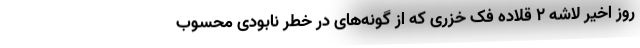
روز اخیر لاشه ۲ قلاده فک خزری که از گونه‌های در خطر نابودی محسوب